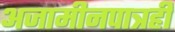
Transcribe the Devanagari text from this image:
अजामीनपात्रही